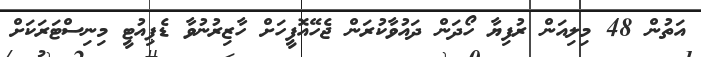
އަތުން 48 މިލިއަން ރުފިޔާ ހޯދަން ދައުވާކުރަން ޖެހޭއޮފީހަށް ހާޒިރުނުވާ ޑެޕިއުޓީ މިނިސްޓަރަކަށް